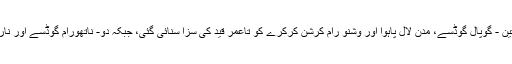
معاملہ میں 5 مجرموں میں سے تین - گوپال گوڈسے، مدن لال پاہوا اور وشنو رام کرشن کرکرے کو تاعمر قید کی سزا سنائی گئی، جبکہ دو- ناتھورام گوڈسے اور نارائن آپٹے کو پھانسی دے دی گئی۔